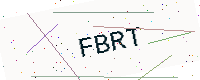
Text: FBRT